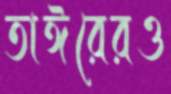
তাঈরেরও